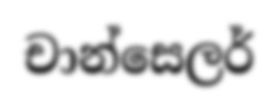
චාන්සෙලර්